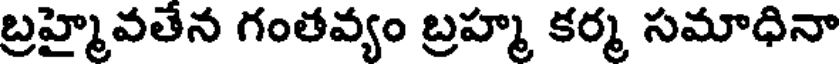
బ్రహ్మైవతేన గంతవ్యం బ్రహ్మ కర్మ సమాధినా